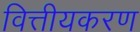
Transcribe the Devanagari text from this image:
वित्तीयकरण